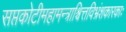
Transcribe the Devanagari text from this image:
सप्तकोटीमहामन्त्राश्चित्तविभ्रंशकारकाः